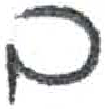
אות: ב